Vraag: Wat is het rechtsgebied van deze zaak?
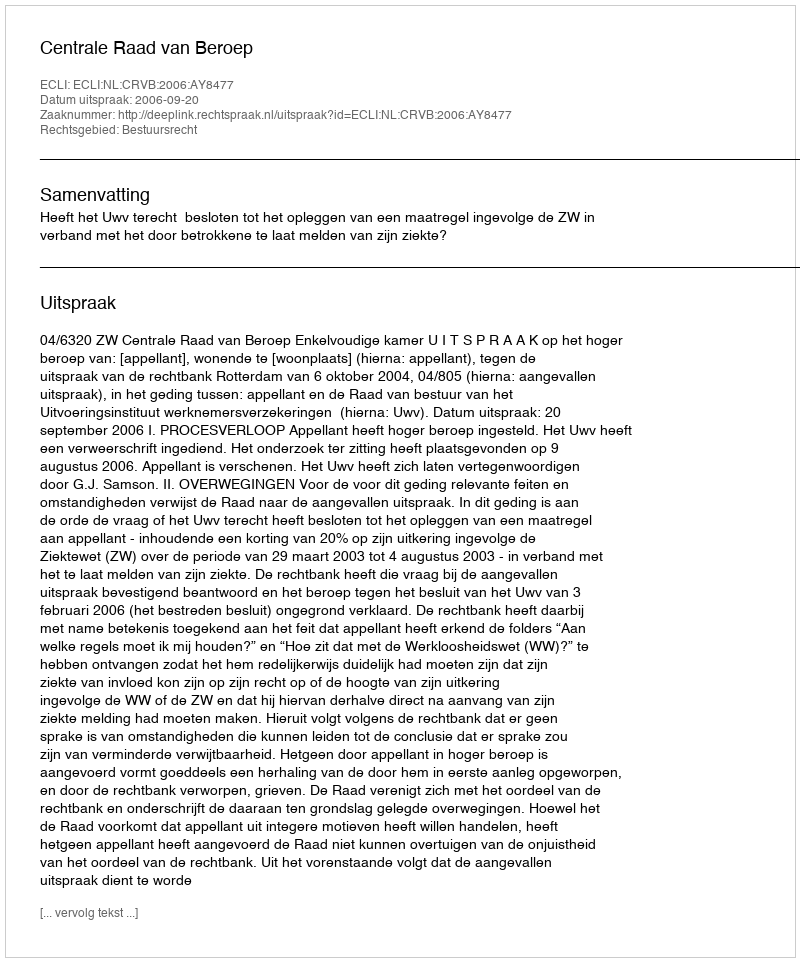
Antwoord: Bestuursrecht